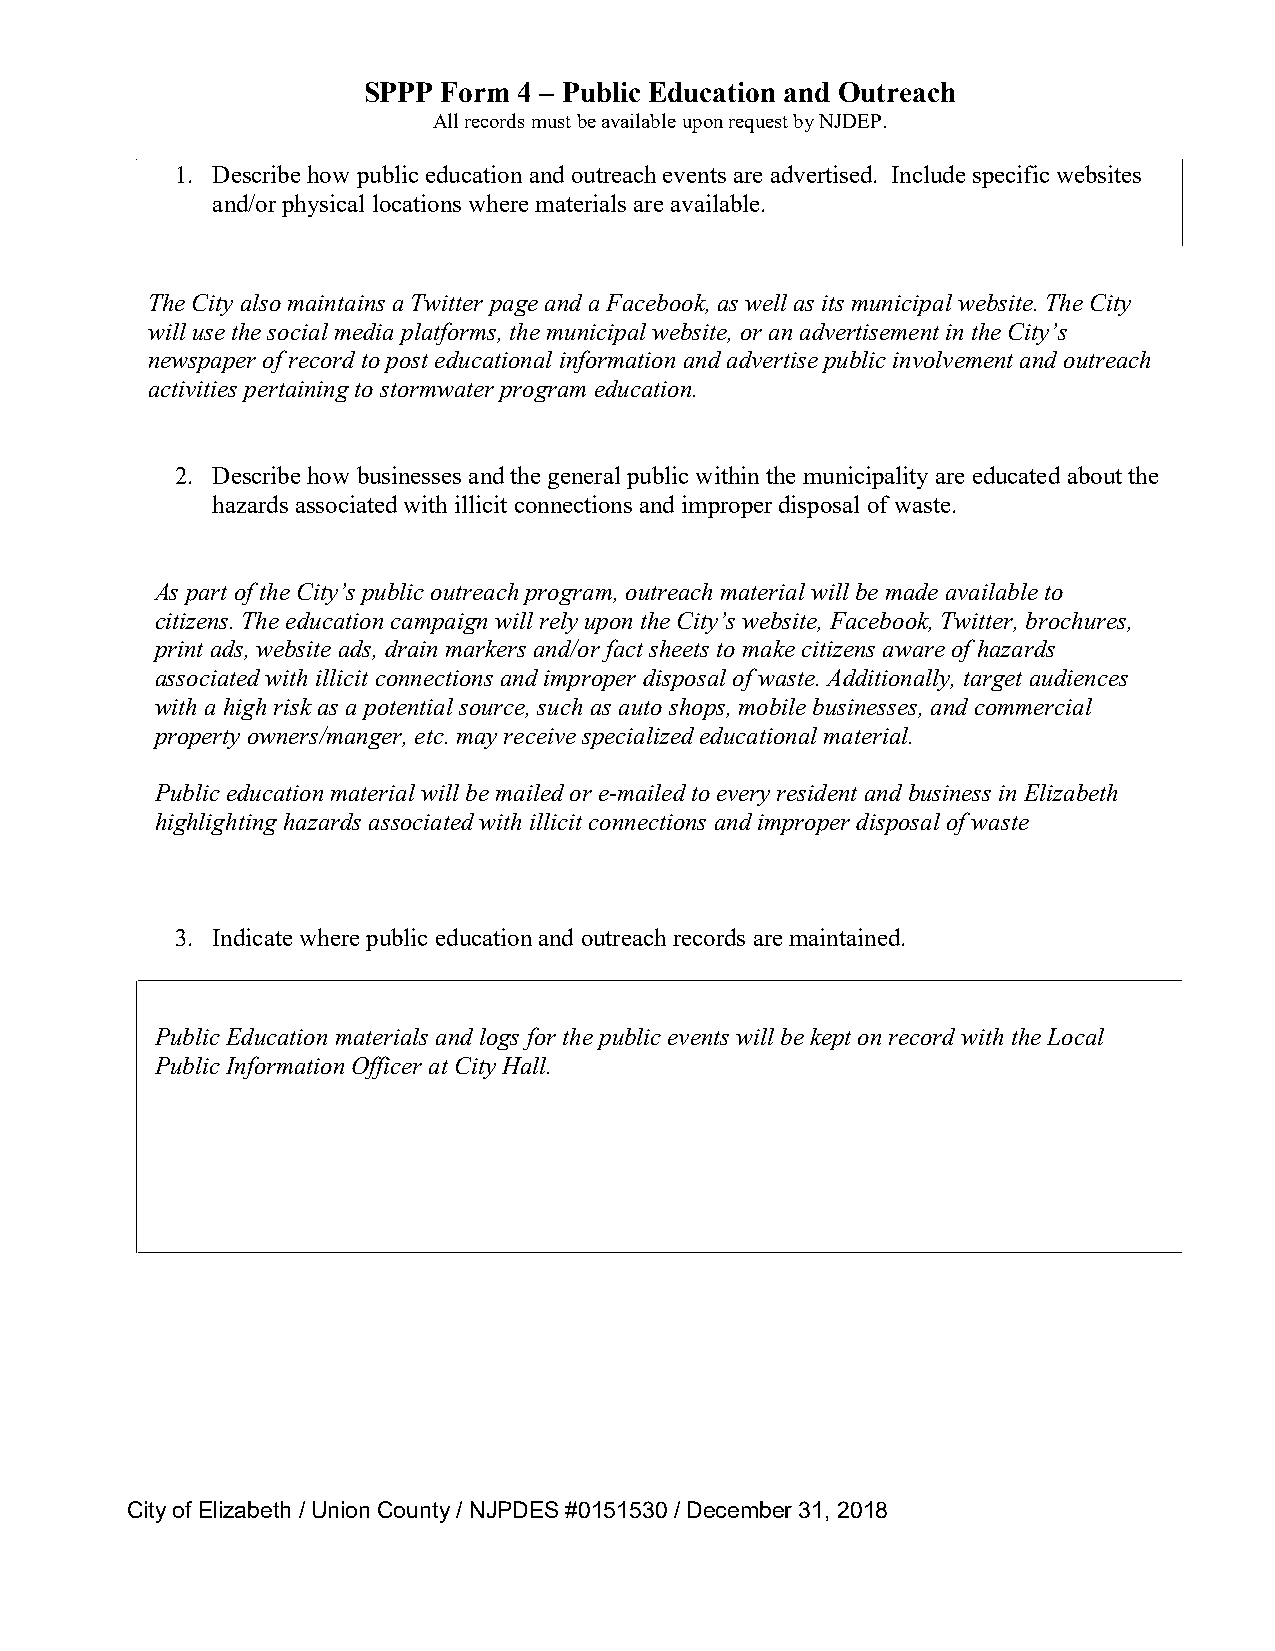
SPPP Form 4 – Public Education and Outreach
 All records must be available upon request by NJDEP.
 1. Describe how public education and outreach events are advertised. Include specific websites
 and/or physical locations where materials are available.
 The City also maintains a Twitter page and a Facebook, as well as its municipal website. The City
 will use the social media platforms, the municipal website, or an advertisement in the City’s
 newspaper of record to post educational information and advertise public involvement and outreach
 activities pertaining to stormwater program education.
 2. Describe how businesses and the general public within the municipality are educated about the
 hazards associated with illicit connections and improper disposal of waste.
 As part of the City’s public outreach program, outreach material will be made available to
 citizens. The education campaign will rely upon the City’s website, Facebook, Twitter, brochures,
 print ads, website ads, drain markers and/or fact sheets to make citizens aware of hazards
 associated with illicit connections and improper disposal of waste. Additionally, target audiences
 with a high risk as a potential source, such as auto shops, mobile businesses, and commercial
 property owners/manger, etc. may receive specialized educational material.
 Public education material will be mailed or e-mailed to every resident and business in Elizabeth
 highlighting hazards associated with illicit connections and improper disposal of waste
 3. Indicate where public education and outreach records are maintained.
 Public Education materials and logs for the public events will be kept on record with the Local
 Public Information Officer at City Hall.
 City of Elizabeth / Union County / NJPDES #0151530 / December 31, 2018